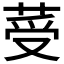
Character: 𦰹